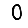
Digit: 0